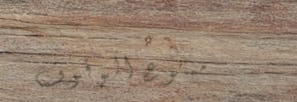
ممنوع الوقوف